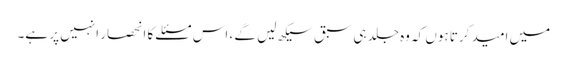
میں امید کرتا ہوں کہ وه جلد ہی سبق سیکھ لیں گے ، اس مسئلے کا انحصار انہیں پر ہے۔